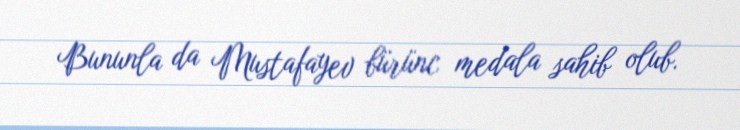
Bununla da Mustafayev bürünc medala sahib olub.